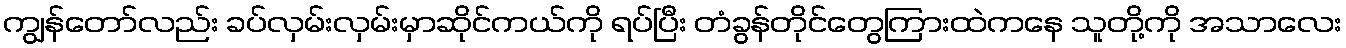
ကျွန်တော်လည်း ခပ်လှမ်းလှမ်းမှာဆိုင်ကယ်ကို ရပ်ပြီး တံခွန်တိုင်တွေကြားထဲကနေ သူတို့ကို အသာလေး